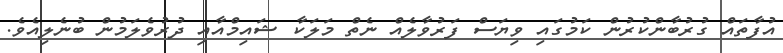
އުފާތައް ގުރުބާންކުރުން ކަމުގައި ވިޔަސް ފަރުވާލެއް ނެތް މަލަކާ ޝައިމްއާއި ދުރުވެލަމުން ބުނެލިއެވެ.